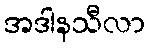
အဒါနသီလာ